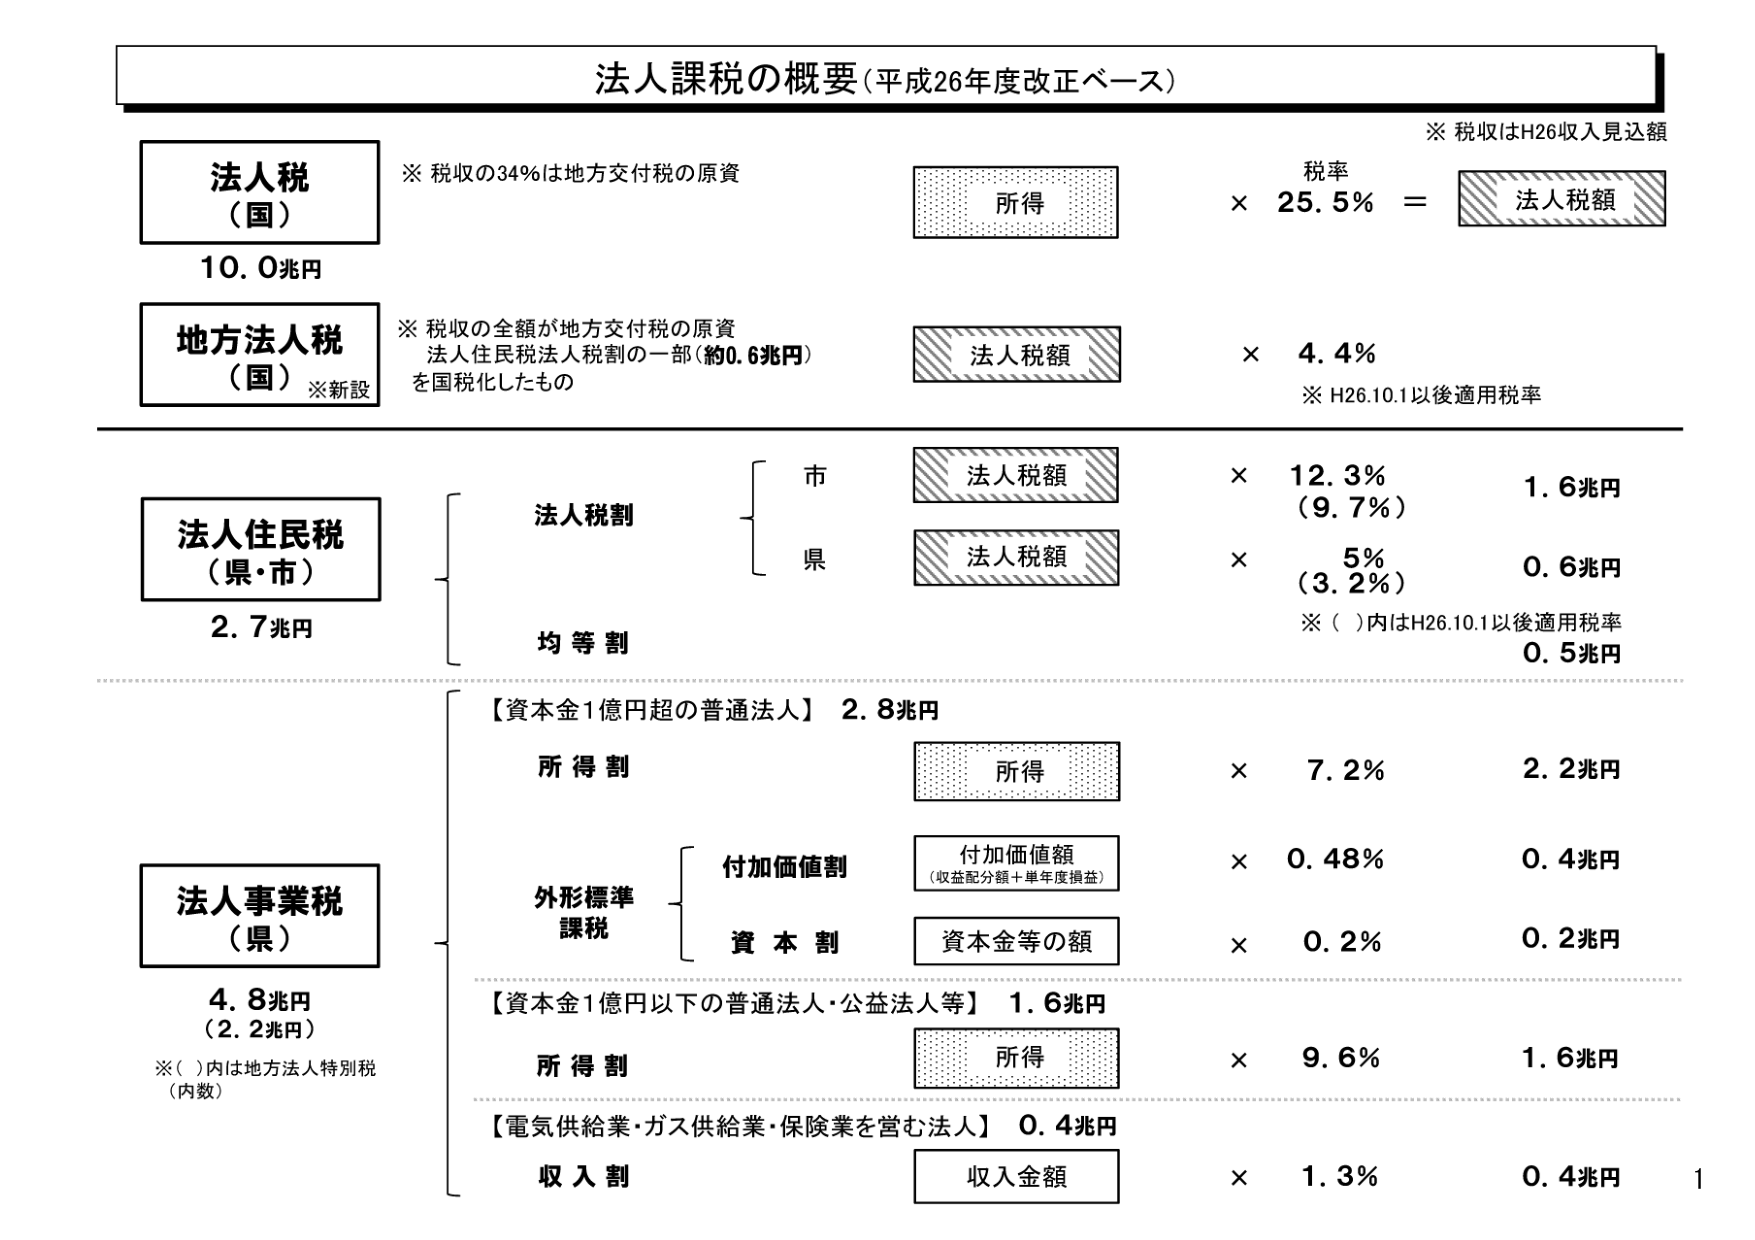
法人課税の概要（平成26年度改正ベース）

※ 税収はH26収入見込額

法人税
（国）
10.0兆円
※ 税収の34％は地方交付税の原資

所得 × 25.5％ ＝ 法人税額

地方法人税
（国）※新設
※ 税収の全額が地方交付税の原資
法人住民税法人税割の一部（約0.6兆円）
を国税化したもの

法人税額 × 4.4％
※ H26.10.1以後適用税率

法人住民税
（県・市）
2.7兆円

法人税割
　市
　　法人税額 × 12.3％ （9.7％） 1.6兆円
　県
　　法人税額 × 5％ （3.2％） 0.6兆円
※（ ）内はH26.10.1以後適用税率
均等割 0.5兆円

法人事業税
（県）
4.8兆円
（2.2兆円）
※（ ）内は地方法人特別税（内数）

【資本金1億円超の普通法人】 2.8兆円
　所得割
　　所得 × 7.2％ 2.2兆円
　外形標準課税
　　付加価値割
　　　付加価値額（収益配分額＋単年度損益） × 0.48％ 0.4兆円
　　資本割
　　　資本金等の額 × 0.2％ 0.2兆円

【資本金1億円以下の普通法人・公益法人等】 1.6兆円
　所得割
　　所得 × 9.6％ 1.6兆円

【電気供給業・ガス供給業・保険業を営む法人】 0.4兆円
　収入割
　　収入金額 × 1.3％ 0.4兆円

1